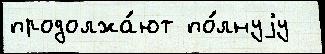
продолжа́ют по́лнуjу